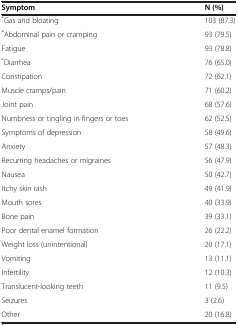
<table><thead><tr><td><b>Symptom</b></td><td><b>N (%)</b></td></tr></thead><tbody><tr><td><sup>*</sup>Gas and bloating</td><td>103 (87.3)</td></tr><tr><td><sup>*</sup>Abdominal pain or cramping</td><td>93 (79.5)</td></tr><tr><td>Fatigue</td><td>93 (78.8)</td></tr><tr><td><sup>*</sup>Diarrhea</td><td>76 (65.0)</td></tr><tr><td>Constipation</td><td>72 (62.1)</td></tr><tr><td>Muscle cramps/pain</td><td>71 (60.2)</td></tr><tr><td>Joint pain</td><td>68 (57.6)</td></tr><tr><td>Numbness or tingling in fingers or toes</td><td>62 (52.5)</td></tr><tr><td>Symptoms of depression</td><td>58 (49.6)</td></tr><tr><td>Anxiety</td><td>57 (48.3)</td></tr><tr><td>Recurring headaches or migraines</td><td>56 (47.9)</td></tr><tr><td>Nausea</td><td>50 (42.7)</td></tr><tr><td>Itchy skin rash</td><td>49 (41.9)</td></tr><tr><td>Mouth sores</td><td>40 (33.9)</td></tr><tr><td>Bone pain</td><td>39 (33.1)</td></tr><tr><td>Poor dental enamel formation</td><td>26 (22.2)</td></tr><tr><td>Weight loss (unintentional)</td><td>20 (17.1)</td></tr><tr><td>Vomiting</td><td>13 (11.1)</td></tr><tr><td>Infertility</td><td>12 (10.3)</td></tr><tr><td>Translucent-looking teeth</td><td>11 (9.5)</td></tr><tr><td>Seizures</td><td>3 (2.6)</td></tr><tr><td>Other</td><td>20 (16.8)</td></tr></tbody></table>